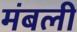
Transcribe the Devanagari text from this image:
मंबली